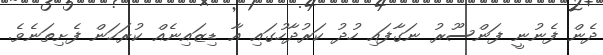
ދެން ފެނުނީ ފަންސޫރު ނަގާފައި ހުދު ކަރުދާހުގައި އާ ޑިޒައިނެއް ކުރަހަން ފެށިތަނެވެ.